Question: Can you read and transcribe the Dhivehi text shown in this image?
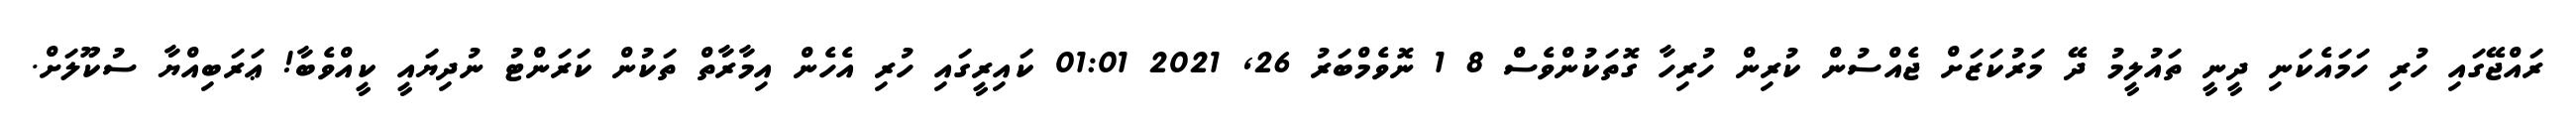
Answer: ރައްޖޭގައި ހުރި ހަމައެކަނި ދީނީ ތައުލީމު ދޭ މަރުކަޒަށް ޖެއްސުން ކުރިން ހުރިހާ ގޮތަކުންވެސް 8 1 ނޮވެމްބަރު 26, 2021 01:01 ކައިރީގައި ހުރި އެހެން އިމާރާތް ތަކުން ކަރަންޓު ނުދިޔައީ ކީއްވެބާ! ޢަރަބިއްޔާ ސުކޫލަށް.